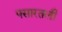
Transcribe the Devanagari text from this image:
पसारतली